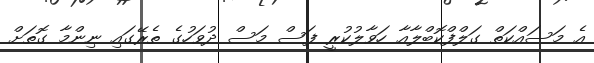
އެ މަސައްކަތް ގަލްފްކޮބްލާއާ ހަވާލުކުރީ ފަސް މަސް ދުވަހުގެ ތެރޭގައި ނިންމާ ގޮތަށް